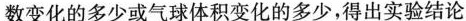
数变化的多少或气球体积变化的多少，得出实验结论